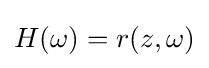
H(\omega )=r(z,\omega )